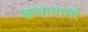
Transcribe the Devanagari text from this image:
कथावार्ता